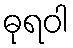
ဓုရဝါ